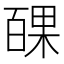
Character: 𭽝